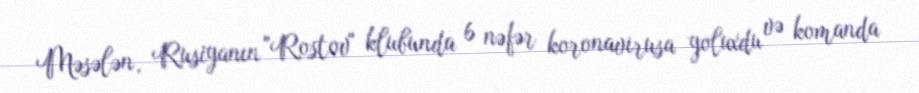
Məsələn, Rusiyanın "Rostov" klubunda 6 nəfər koronavirusa yoluxdu və komanda